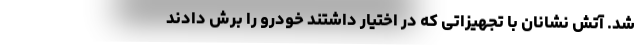
شد. آتش نشانان با تجهیزاتی که در اختیار داشتند خودرو را برش دادند